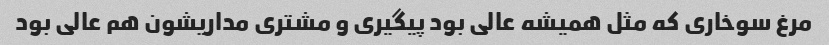
مرغ سوخارى که مثل همیشه عالى بود پیگیرى و مشترى مداریشون هم عالى بود